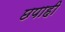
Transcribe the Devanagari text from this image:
छपाही